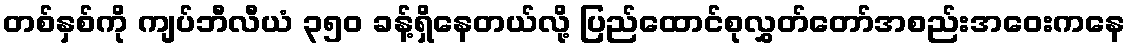
တစ်နှစ်ကို ကျပ်ဘီလီယံ ၃၅၀ ခန့်ရှိနေတယ်လို့ ပြည်ထောင်စုလွှတ်တော်အစည်းအဝေးကနေ